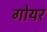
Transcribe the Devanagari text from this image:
गोयर